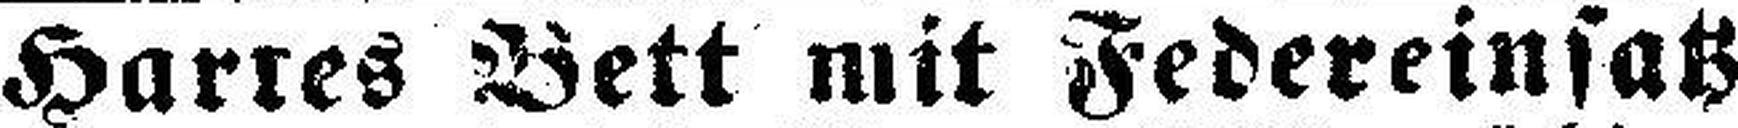
Hartes Bett mit Federeinsatz